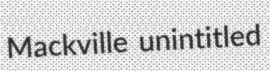
Mackville unintitled